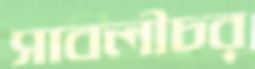
সাবলীচর